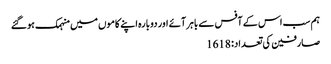
ہم سب اس کے آفس سے باہر آئے اور دوبارہ اپنے کاموں میں منہمک ہوگئے
صارفین کی تعداد: 1618